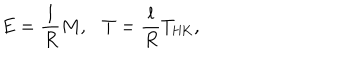
E = \frac { l } { R } M , \ \ \ T = \frac { l } { R } T _ { \mathrm { H K } } ,